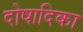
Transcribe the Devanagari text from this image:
दोषादिका